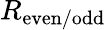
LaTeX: R_{\mathrm{even/odd}}